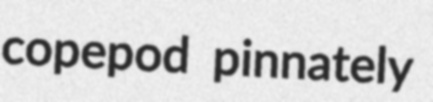
copepod pinnately